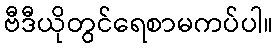
ဗီဒီယိုတွင်ရေစာမကပ်ပါ။